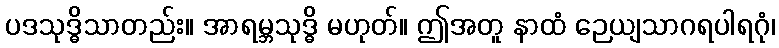
ပဒသုဒ္ဓိသာတည်း။ အာရမ္ဘသုဒ္ဓိ မဟုတ်။ ဤအတူ နာထံ ဉေယျသာဂရပါရဂုံ၊